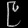
Digit: ၉